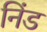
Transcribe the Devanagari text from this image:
निंड